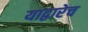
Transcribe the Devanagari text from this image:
याद्वारेच